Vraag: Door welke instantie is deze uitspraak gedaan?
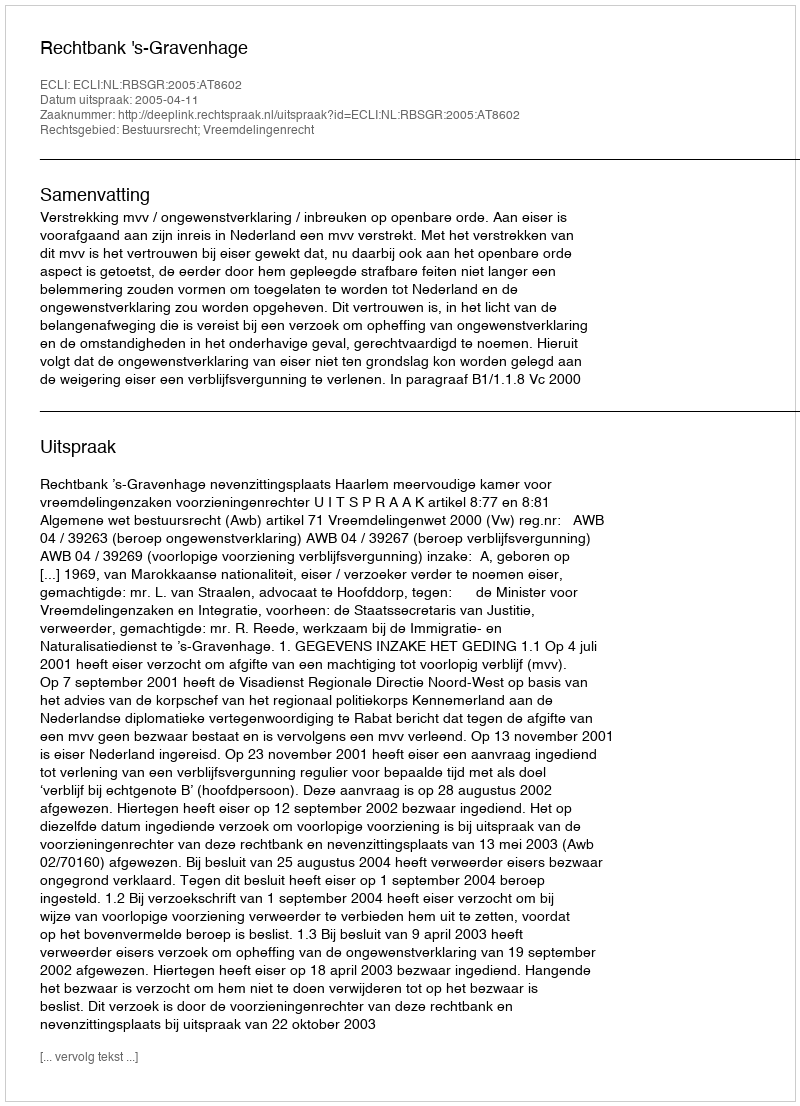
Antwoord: Rechtbank 's-Gravenhage